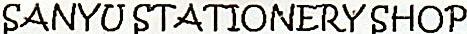
SANYU STATIONERY SHOP